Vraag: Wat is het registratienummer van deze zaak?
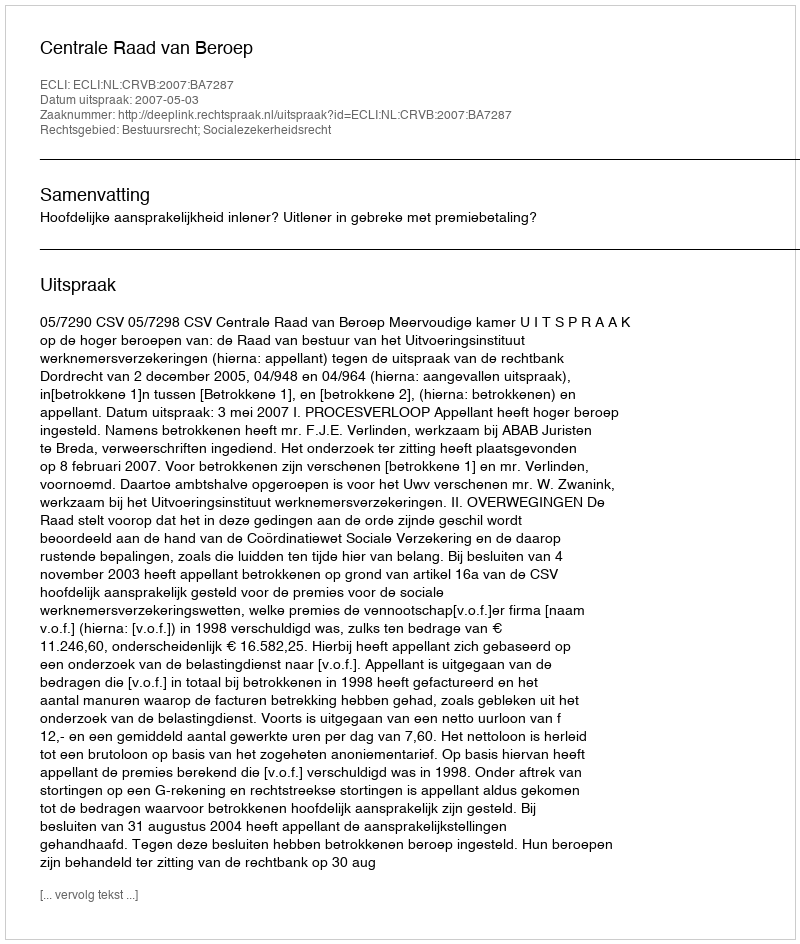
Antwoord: http://deeplink.rechtspraak.nl/uitspraak?id=ECLI:NL:CRVB:2007:BA7287